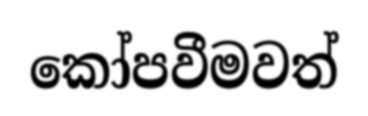
කෝපවීමවත්